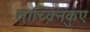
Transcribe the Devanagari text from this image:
ताच्क्निकुए